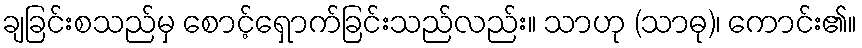
ချခြင်းစသည်မှ စောင့်ရှောက်ခြင်းသည်လည်း။ သာဟု (သာဓု)၊ ကောင်း၏။